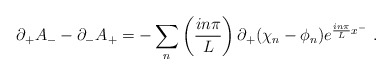
\begin{align*}\partial_{+}A_{-}-\partial_{-}A_{+}=-\sum_{n}\left({in\pi\over L}\right)\partial_{+}(\chi_{n}-\phi_{n})e^{{in\pi\over L}x^{-}}\,\,.\end{align*}